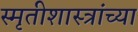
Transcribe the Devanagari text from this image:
स्मृतीशास्त्रांच्या